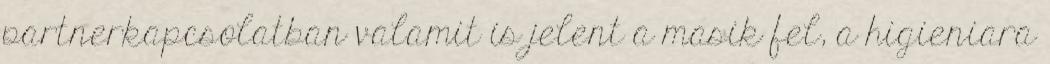
partnerkapcsolatban valamit is jelent a masik fel, a higieniara